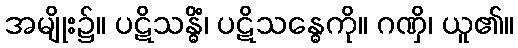
အမျိုး၌။ ပဋိသန္ဓိံ၊ ပဋိသန္ဓေကို။ ဂဏှိ၊ ယူ၏။